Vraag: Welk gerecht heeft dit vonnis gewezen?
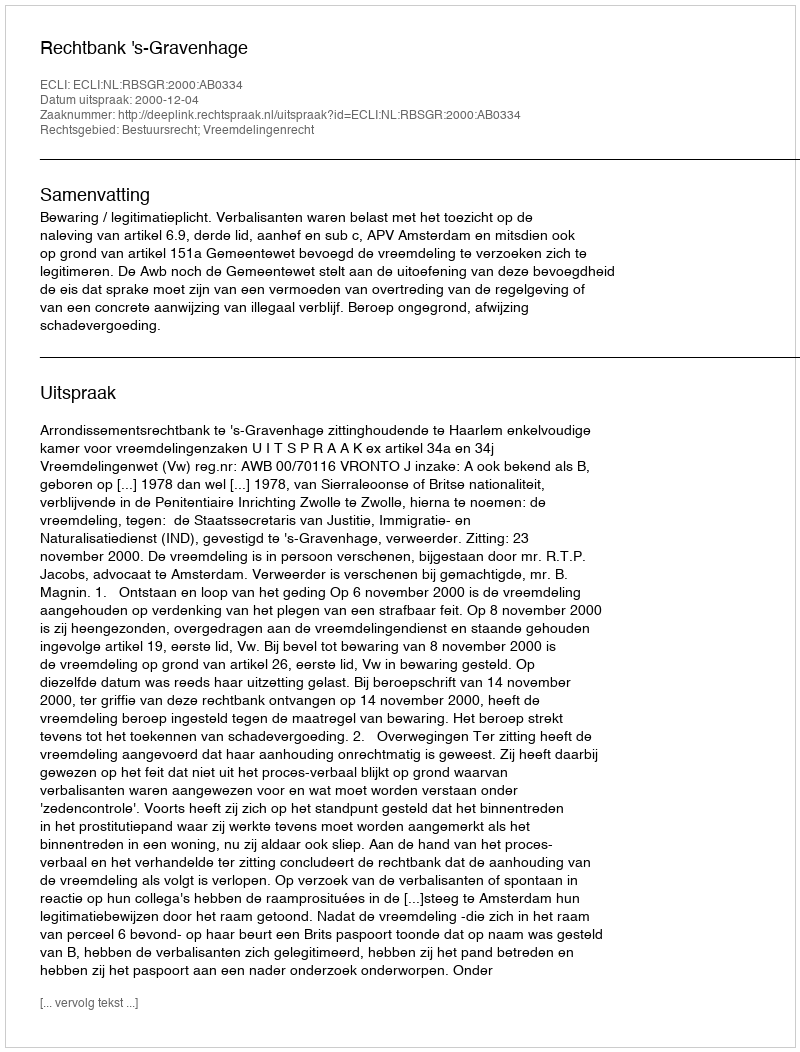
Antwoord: Rechtbank 's-Gravenhage